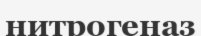
нитрогеназ